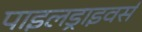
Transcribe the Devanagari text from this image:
पाइलड्राइवर्स